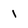
Character: 1